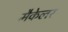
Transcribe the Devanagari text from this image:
मैकेलर